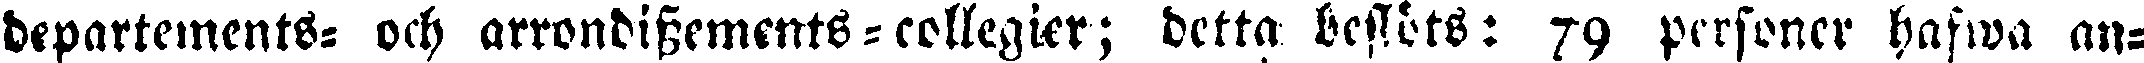
departements- och arrondissements-collegier; detta beslöts: 79 personer hafwa an-